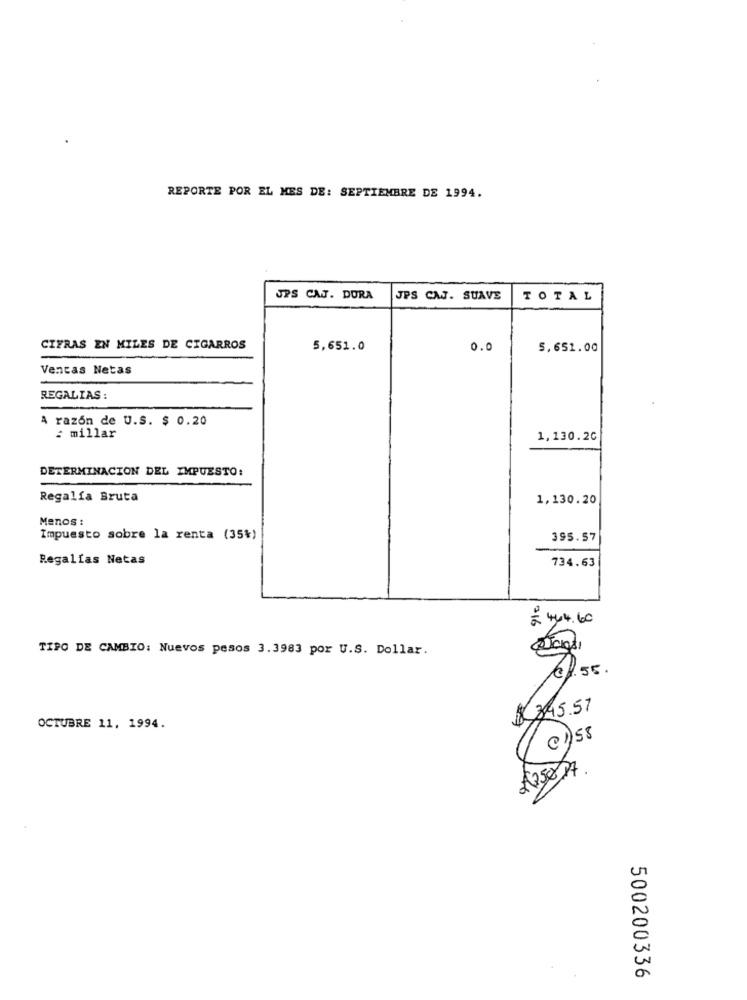
REPORTE POR EL MES DE: SEPTIEMBRE DE 1994.
JPS CAJ. DURA
JPS CAJ. SUAVE
TOTAL
CIFRAS EN MILES DE CIGARROS
5,651.0
0.0
5,651.00
Ventas Netas
REGALIAS :
A razón de U.S. $ 0.20
: millar
1,130.20
DETERMINACION DEL IMPUESTO:
Regalfa Bruta
1,130.20
Menos :
Impuesto sobre la renta (35%)
395.57
Regalías Netas
734.63
2 444.60
TIPO DE CAMBIO: Nuevos pesos 3.3983 por U.S. Dollar.
CH.55.
345.57
OCTUBRE 11, 1994.
A25087
500200336